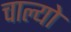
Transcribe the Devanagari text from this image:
चाल्यो